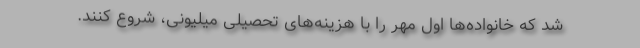
شد که خانواده‌ها اول مهر را با هزینه‌های تحصیلی میلیونی، شروع کنند.